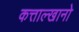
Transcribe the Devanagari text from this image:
कत्ताल्खानो